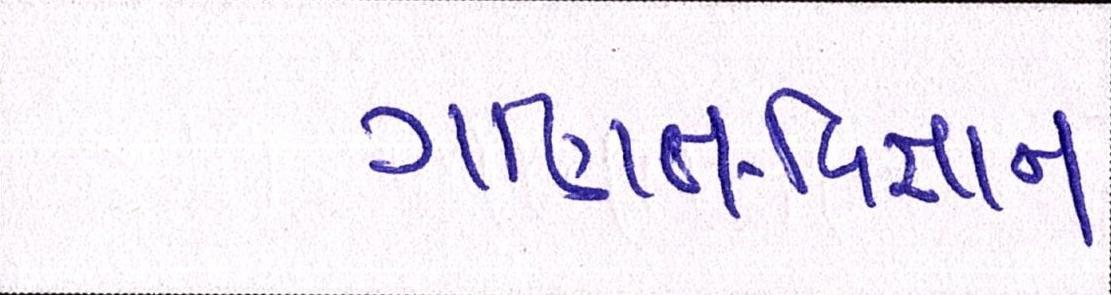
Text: ગણિત-વિજ્ઞાન